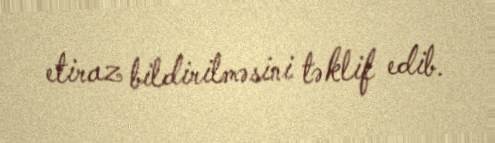
etiraz bildirilməsini təklif edib.